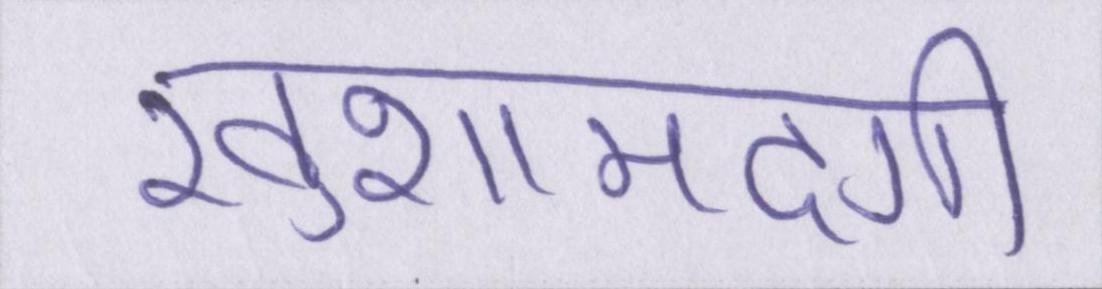
खुशामदगी